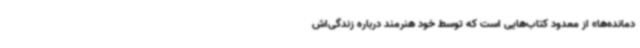
دمانده‌ها» از معدود کتاب‌هایی است که توسط خود هنرمند درباره زندگی‌اش